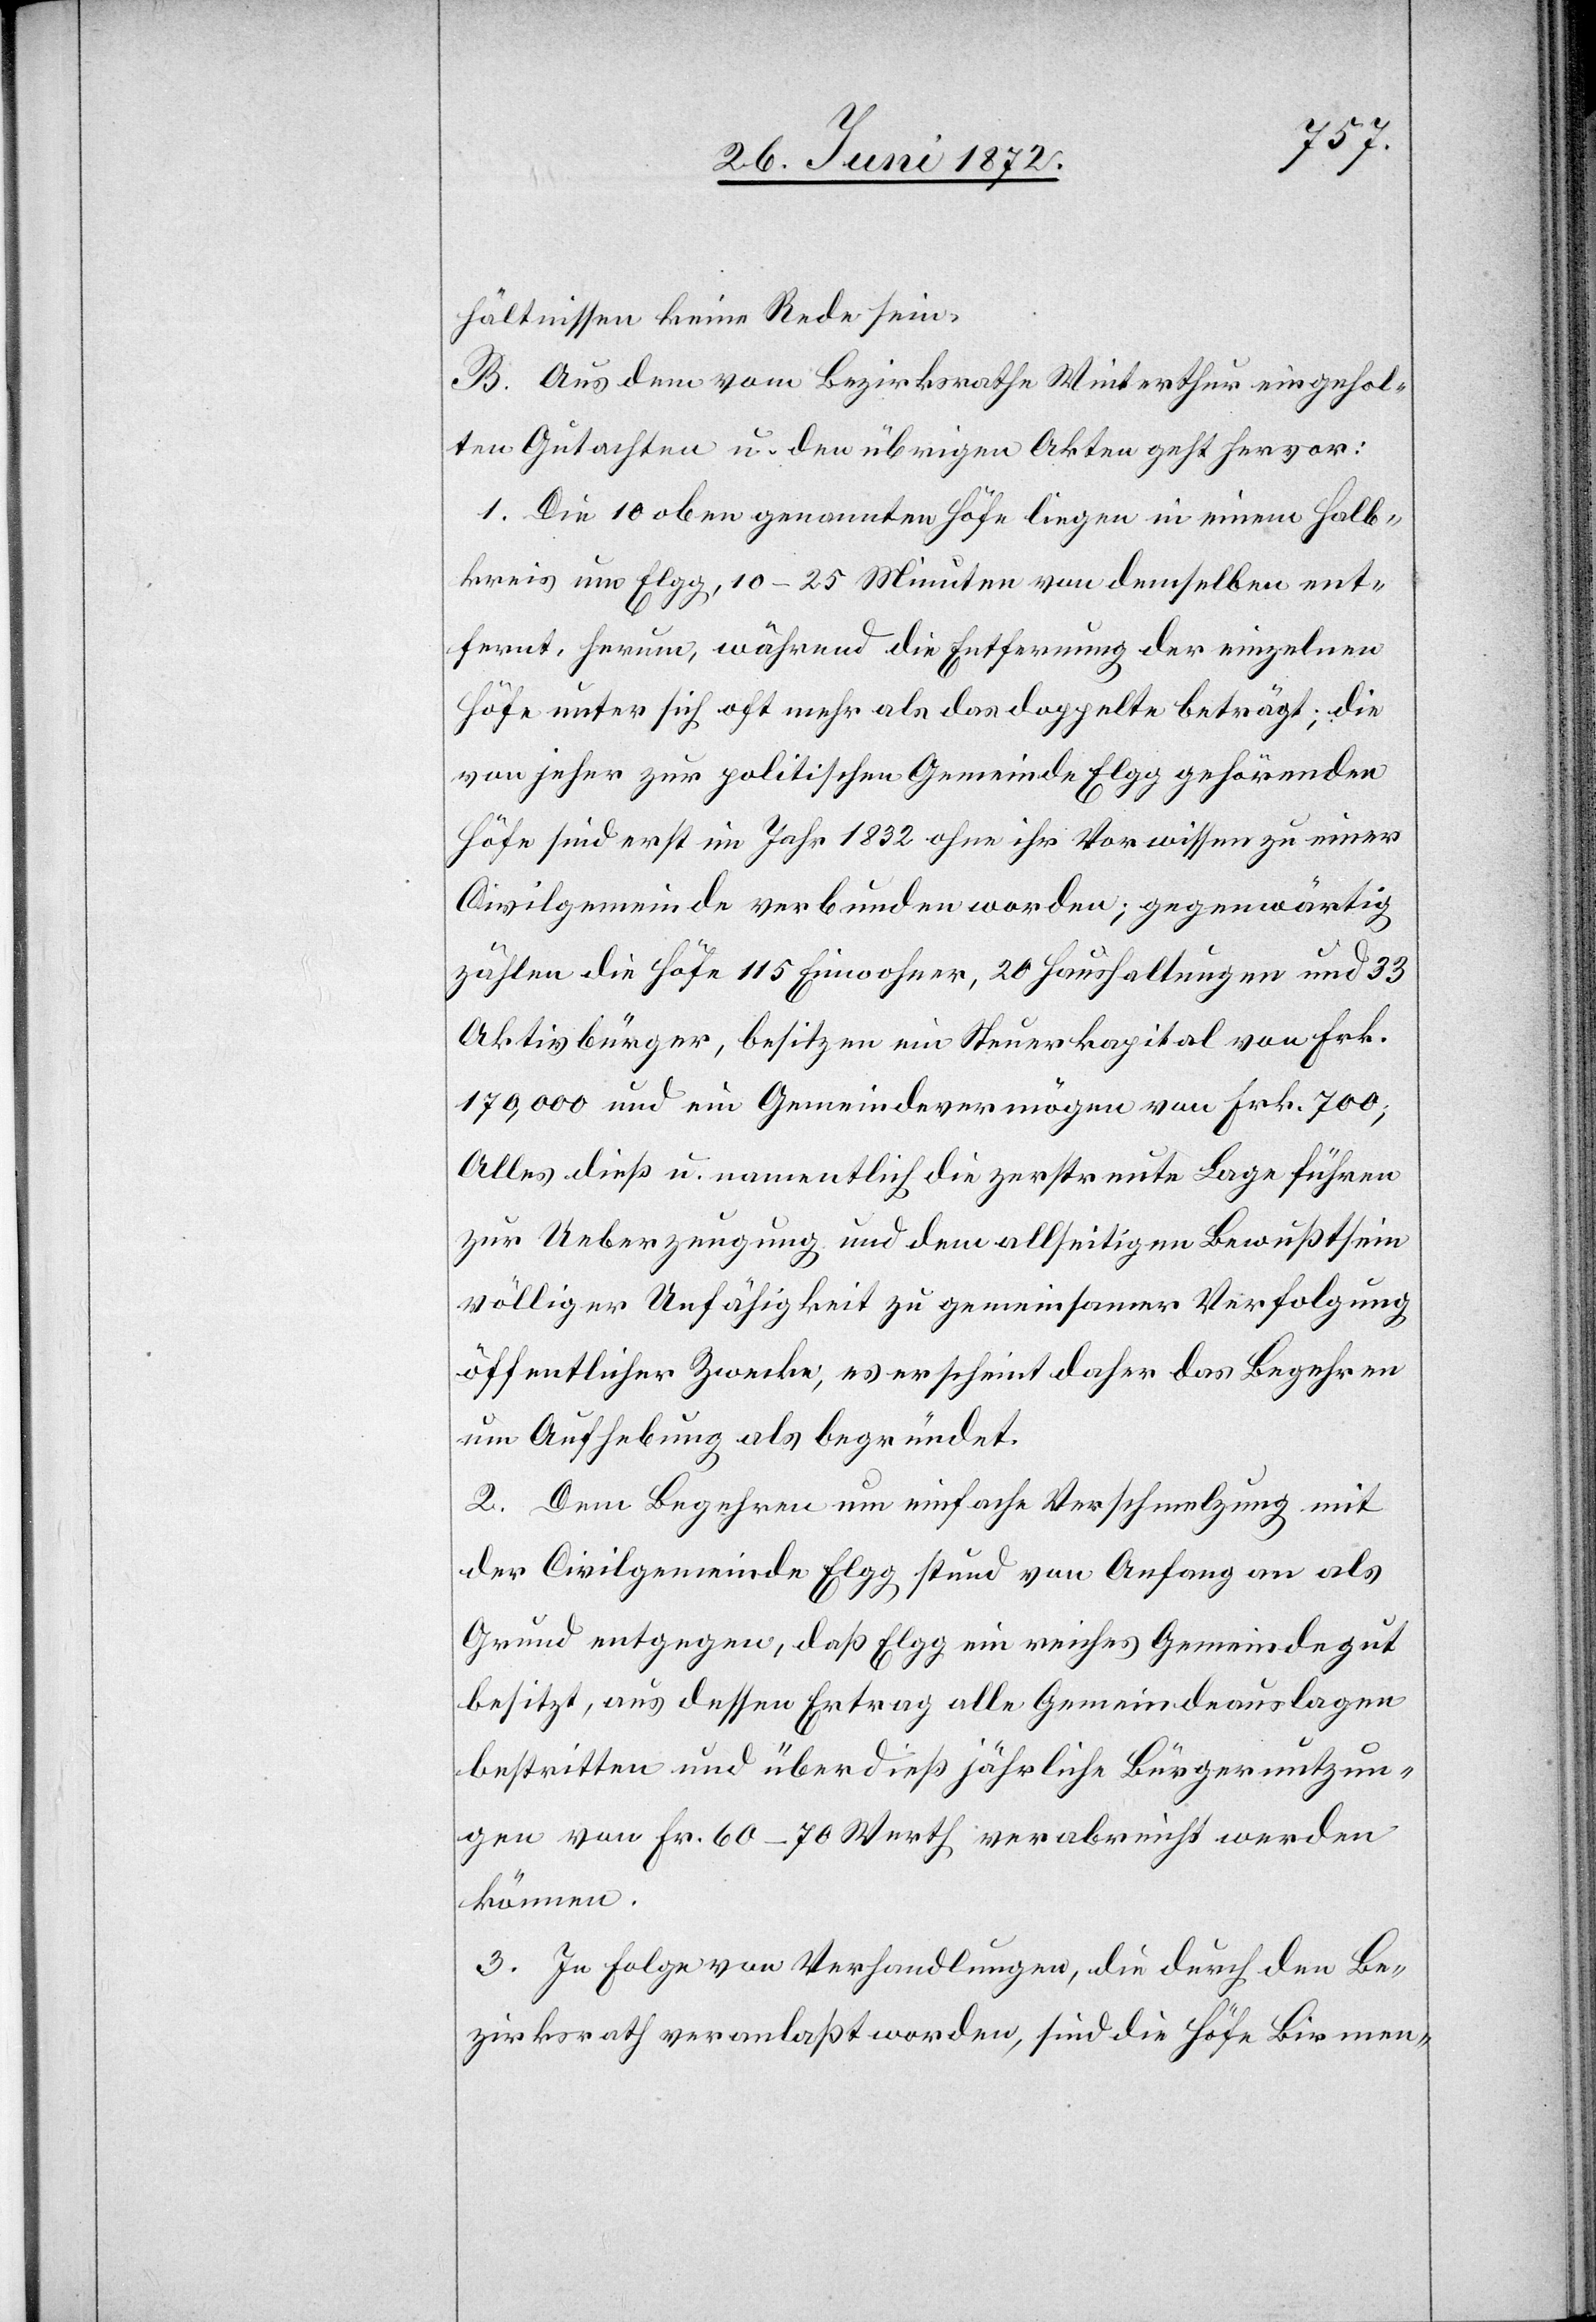
hältnissen keine Rede sein.
B. Aus dem vom Bezirksrathe Winterthur eingehol¬
ten Gutachten u. den übrigen Akten geht hervor:
1. Die 10 oben genannten Höfe liegen in einem Halb¬
kreis um Elgg, 10–25 Minuten von demselben ent¬
fernt, herum, während die Entfernung der einzelnen
Höfe unter sich oft mehr als das doppelte beträgt; die
von jeher zur politischen Gemeinde Elgg gehörenden
Höfe sind erst im Jahr 1832 ohne ihr Vorwissen zu einer
Civilgemeinde verbunden worden; gegenwärtig
zählen die Höfe 115 Einwohner, 20 Haushaltungen und 33
Aktivbürger, besitzen ein Steuerkapital von Frk.
170,000 und ein Gemeindevermögen von Frk. 700;
Alles dieß u. namentlich die zerstreute Lage führen
zur Ueberzeugung und dem allseitigen Bewußtsein
völliger Unfähigkeit zu gemeinsamer Verfolgung
öffentlicher Zwecke, es erscheint daher das Begehren
um Aufhebung als begründet.
2. Dem Begehren um einfache Verschmelzung mit
der Civilgemeinde Elgg stund [sic!] von Anfang an als
Grund entgegen, daß Elgg ein reiches Gemeindegut
besitzt, aus dessen Ertrag alle Gemeindeauslagen
bestritten und überdieß jährliche Bürgernutzun¬
gen von Fr. 60–70 Werth verabreicht werden
können.
3. In Folge von Verhandlungen, die durch den Be¬
zirksrath veranlaßt worden, sind die Höfe Birmen-